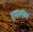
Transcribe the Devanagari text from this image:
एम०ए०।